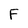
Character: F